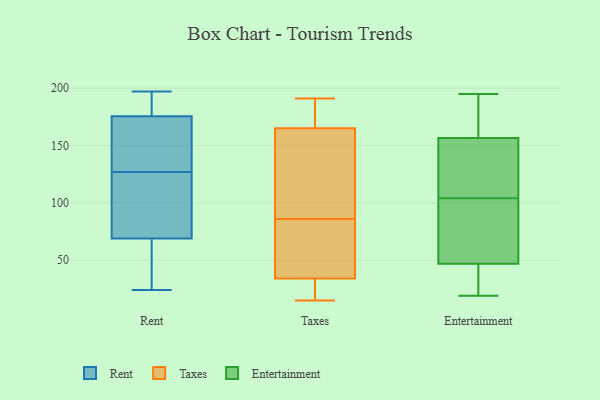
{"axis": {"x": "Waste Production (Tons)", "y": "Value"}, "legend": ["Entertainment", "Rent", "Taxes"], "data": [{"x": "", "y": 80, "type": "Rent"}, {"x": "", "y": 189, "type": "Rent"}, {"x": "", "y": 127, "type": "Rent"}, {"x": "", "y": 67, "type": "Rent"}, {"x": "", "y": 180, "type": "Rent"}, {"x": "", "y": 183, "type": "Rent"}, {"x": "", "y": 33, "type": "Rent"}, {"x": "", "y": 145, "type": "Rent"}, {"x": "", "y": 162, "type": "Rent"}, {"x": "", "y": 197, "type": "Rent"}, {"x": "", "y": 76, "type": "Rent"}, {"x": "", "y": 155, "type": "Rent"}, {"x": "", "y": 45, "type": "Rent"}, {"x": "", "y": 24, "type": "Rent"}, {"x": "", "y": 75, "type": "Rent"}, {"x": "", "y": 113, "type": "Taxes"}, {"x": "", "y": 24, "type": "Taxes"}, {"x": "", "y": 124, "type": "Taxes"}, {"x": "", "y": 184, "type": "Taxes"}, {"x": "", "y": 94, "type": "Taxes"}, {"x": "", "y": 163, "type": "Taxes"}, {"x": "", "y": 81, "type": "Taxes"}, {"x": "", "y": 82, "type": "Taxes"}, {"x": "", "y": 65, "type": "Taxes"}, {"x": "", "y": 27, "type": "Taxes"}, {"x": "", "y": 167, "type": "Taxes"}, {"x": "", "y": 191, "type": "Taxes"}, {"x": "", "y": 90, "type": "Taxes"}, {"x": "", "y": 177, "type": "Taxes"}, {"x": "", "y": 74, "type": "Taxes"}, {"x": "", "y": 25, "type": "Taxes"}, {"x": "", "y": 41, "type": "Taxes"}, {"x": "", "y": 189, "type": "Taxes"}, {"x": "", "y": 15, "type": "Taxes"}, {"x": "", "y": 23, "type": "Taxes"}, {"x": "", "y": 120, "type": "Entertainment"}, {"x": "", "y": 166, "type": "Entertainment"}, {"x": "", "y": 177, "type": "Entertainment"}, {"x": "", "y": 19, "type": "Entertainment"}, {"x": "", "y": 100, "type": "Entertainment"}, {"x": "", "y": 195, "type": "Entertainment"}, {"x": "", "y": 141, "type": "Entertainment"}, {"x": "", "y": 39, "type": "Entertainment"}, {"x": "", "y": 108, "type": "Entertainment"}, {"x": "", "y": 31, "type": "Entertainment"}, {"x": "", "y": 44, "type": "Entertainment"}, {"x": "", "y": 76, "type": "Entertainment"}, {"x": "", "y": 50, "type": "Entertainment"}, {"x": "", "y": 100, "type": "Entertainment"}, {"x": "", "y": 147, "type": "Entertainment"}, {"x": "", "y": 174, "type": "Entertainment"}]}